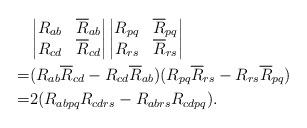
LaTeX: \begin{align*}& \begin{vmatrix}R_{ab} & \overline{R}_{ab} \\R_{cd} & \overline{R}_{cd}\end{vmatrix}\begin{vmatrix}R_{pq} & \overline{R}_{pq} \\R_{rs} & \overline{R}_{rs}\end{vmatrix} \\= & (R_{ab} \overline{R}_{cd} - R_{cd} \overline{R}_{ab})(R_{pq} \overline{R}_{rs} - R_{rs} \overline{R}_{pq}) \\= & 2(R_{abpq}R_{cdrs} - R_{abrs}R_{cdpq}).\end{align*}